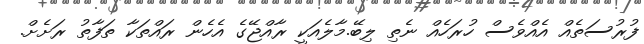
ފުރުސަތެއް އެއްވެސް ހުރަހެއް ނެތި ލިބޭ.މާލެއަކީ ރާއްޖޭގެ އެހެން ރައްތަކާ ތަފާތު ރަށެށް.